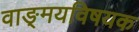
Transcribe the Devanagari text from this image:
वाङ्‌मयविषयक